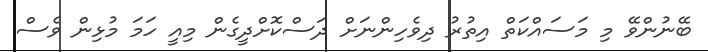
ބޭނުންވޭ މި މަސައްކަތް އިތުރު ދިވެހިންނަށް ދަސްކޮށްދީގެން މިއީ ހަމަ މުޅިން ވެސް